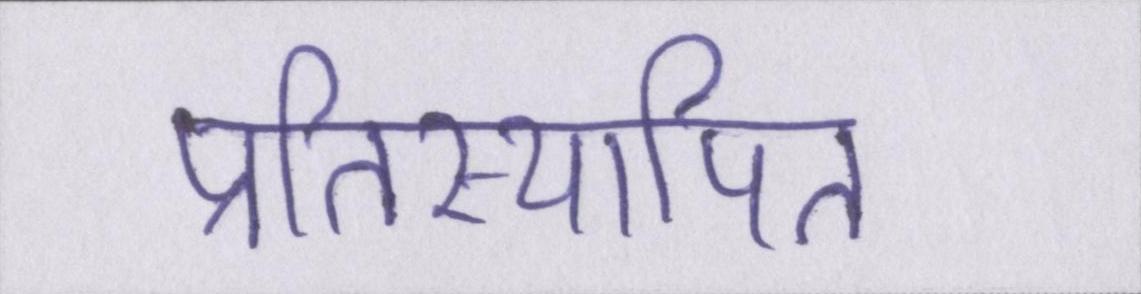
प्रतिस्थापित